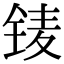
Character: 鿏